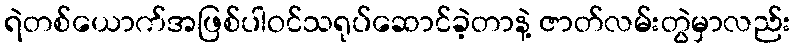
ရဲတစ်ယောက်အဖြစ်ပါဝင်သရုပ်ဆောင်ခဲ့တာနဲ့ ဇာတ်လမ်းတွဲမှာလည်း